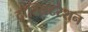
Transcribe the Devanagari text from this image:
ट्रांस्लिटरेशन